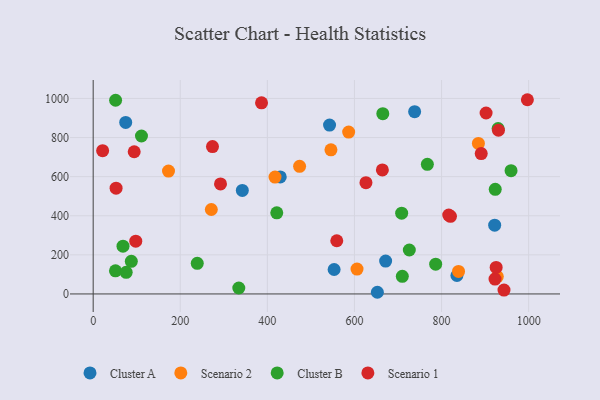
{"axis": {"x": "Distance", "y": "Exam Score"}, "legend": ["Cluster A", "Cluster B", "Scenario 1", "Scenario 2"], "data": [{"x": "553.3", "y": 124.9, "type": "Cluster A"}, {"x": "542.8", "y": 863.8, "type": "Cluster A"}, {"x": "738.2", "y": 932.2, "type": "Cluster A"}, {"x": "652.6", "y": 8.5, "type": "Cluster A"}, {"x": "342.5", "y": 529.7, "type": "Cluster A"}, {"x": "671.6", "y": 167.9, "type": "Cluster A"}, {"x": "835.3", "y": 94.4, "type": "Cluster A"}, {"x": "429.6", "y": 598.5, "type": "Cluster A"}, {"x": "74.7", "y": 877.6, "type": "Cluster A"}, {"x": "922.0", "y": 351.6, "type": "Cluster A"}, {"x": "417.6", "y": 597.6, "type": "Scenario 2"}, {"x": "605.9", "y": 127.4, "type": "Scenario 2"}, {"x": "928.0", "y": 88.6, "type": "Scenario 2"}, {"x": "546.0", "y": 737.1, "type": "Scenario 2"}, {"x": "586.7", "y": 828.1, "type": "Scenario 2"}, {"x": "173.0", "y": 628.3, "type": "Scenario 2"}, {"x": "839.0", "y": 115.1, "type": "Scenario 2"}, {"x": "884.6", "y": 769.7, "type": "Scenario 2"}, {"x": "271.3", "y": 432.0, "type": "Scenario 2"}, {"x": "474.0", "y": 652.9, "type": "Scenario 2"}, {"x": "334.4", "y": 30.3, "type": "Cluster B"}, {"x": "923.3", "y": 535.3, "type": "Cluster B"}, {"x": "929.9", "y": 846.1, "type": "Cluster B"}, {"x": "68.5", "y": 244.4, "type": "Cluster B"}, {"x": "239.0", "y": 156.6, "type": "Cluster B"}, {"x": "786.5", "y": 152.0, "type": "Cluster B"}, {"x": "110.9", "y": 807.9, "type": "Cluster B"}, {"x": "51.2", "y": 118.1, "type": "Cluster B"}, {"x": "767.4", "y": 662.9, "type": "Cluster B"}, {"x": "959.6", "y": 630.8, "type": "Cluster B"}, {"x": "51.5", "y": 990.9, "type": "Cluster B"}, {"x": "708.4", "y": 413.3, "type": "Cluster B"}, {"x": "726.0", "y": 224.7, "type": "Cluster B"}, {"x": "421.6", "y": 415.0, "type": "Cluster B"}, {"x": "709.9", "y": 90.2, "type": "Cluster B"}, {"x": "75.8", "y": 110.7, "type": "Cluster B"}, {"x": "87.6", "y": 166.9, "type": "Cluster B"}, {"x": "665.1", "y": 922.0, "type": "Cluster B"}, {"x": "664.1", "y": 634.4, "type": "Scenario 1"}, {"x": "274.0", "y": 753.7, "type": "Scenario 1"}, {"x": "292.4", "y": 562.8, "type": "Scenario 1"}, {"x": "902.3", "y": 925.5, "type": "Scenario 1"}, {"x": "52.6", "y": 541.2, "type": "Scenario 1"}, {"x": "820.5", "y": 397.2, "type": "Scenario 1"}, {"x": "891.1", "y": 717.8, "type": "Scenario 1"}, {"x": "943.4", "y": 20.0, "type": "Scenario 1"}, {"x": "922.8", "y": 76.1, "type": "Scenario 1"}, {"x": "97.8", "y": 269.7, "type": "Scenario 1"}, {"x": "930.7", "y": 837.3, "type": "Scenario 1"}, {"x": "386.6", "y": 977.5, "type": "Scenario 1"}, {"x": "816.5", "y": 403.2, "type": "Scenario 1"}, {"x": "925.4", "y": 135.5, "type": "Scenario 1"}, {"x": "559.4", "y": 272.2, "type": "Scenario 1"}, {"x": "21.7", "y": 732.7, "type": "Scenario 1"}, {"x": "626.4", "y": 569.2, "type": "Scenario 1"}, {"x": "997.1", "y": 993.5, "type": "Scenario 1"}, {"x": "94.2", "y": 727.3, "type": "Scenario 1"}]}